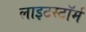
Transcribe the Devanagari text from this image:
लाइटस्टॉर्म